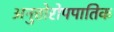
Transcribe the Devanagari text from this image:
अनुत्तोरोपपातिक